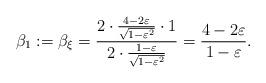
LaTeX: \begin{align*}\beta_1:=\beta_{\xi}=\frac{2\cdot \frac{4-2\varepsilon}{\sqrt{1-\varepsilon^2}}\cdot 1}{2\cdot\frac{1-\varepsilon}{\sqrt{1-\varepsilon^2}}}=\frac{4-2\varepsilon}{1-\varepsilon}.\end{align*}